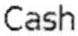
CASH